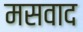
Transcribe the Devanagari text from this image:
मसवाद